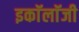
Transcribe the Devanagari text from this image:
इकाॅलाॅजी